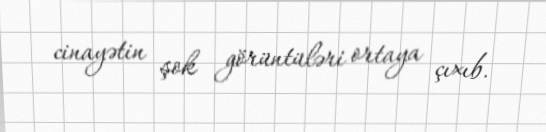
cinayətin şok görüntüləri ortaya çıxıb.